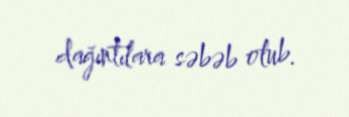
dağıntılara səbəb olub.